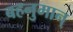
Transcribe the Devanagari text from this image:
बहनुमान्